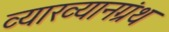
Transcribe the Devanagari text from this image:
व्याख्यानग्रंथ